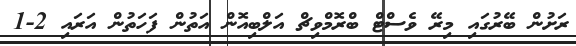
ރަށުން ބޭރުގައި މިރޭ ވެސްޓް ބްރޮމްވިޗް އަލްބިއޮން އަތުން ފަހަތުން އަރައި 2-1